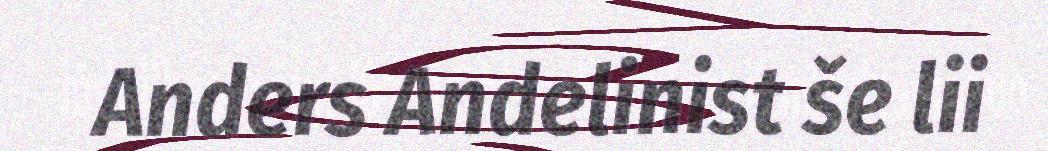
Anders Andelinist še lii